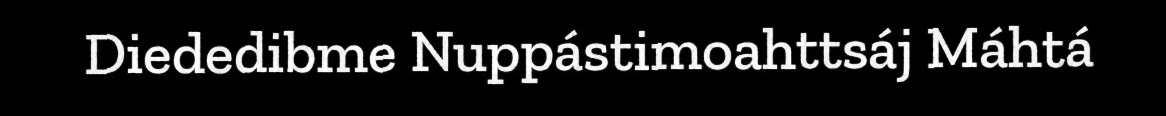
Diededibme Nuppástimoahttsáj Máhtá